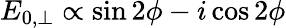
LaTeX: E_{0,\perp}\propto\sin 2\phi-i\cos 2\phi